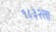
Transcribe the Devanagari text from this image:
१८३२ला